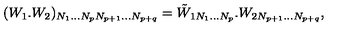
( W _ { 1 } . W _ { 2 } ) _ { N _ { 1 } . . . N _ { p } N _ { p + 1 } . . . N _ { p + q } } = \tilde { W } _ { 1 N _ { 1 } . . . N _ { p } } . W _ { 2 N _ { p + 1 } . . . N _ { p + q } } \nonumber ,